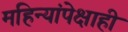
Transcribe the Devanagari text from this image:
महिन्यांपेक्षाही